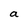
Character: a